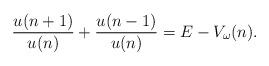
LaTeX: \begin{align*}\frac{u(n+1)}{u(n)}+\frac{u(n-1)}{u(n)}=E-V_{\omega}(n).\end{align*}